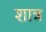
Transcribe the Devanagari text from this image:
शात्र